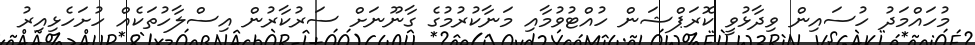
މުހައްމަދު ހުސައިން ވިދާޅުވީ ކޮރަޕްޝަން ހުއްޓުވުމާއި މަނާކުރުމުގެ ގާނޫނަށް ސަރުކާރުން އިސްލާހުތަކެއް ހުށަހެޅިއިރު